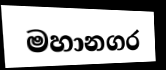
මහානගර